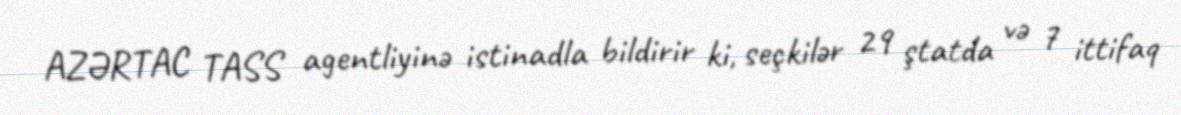
AZƏRTAC TASS agentliyinə istinadla bildirir ki, seçkilər 29 ştatda və 7 ittifaq